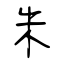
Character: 朱